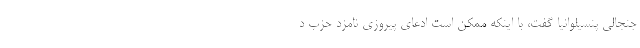
جنجالی پنسیلوانیا گفت، با اینکه ممکن است ادعای پیروزی نامزد حزب د